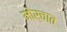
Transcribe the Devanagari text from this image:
मोर्चात